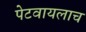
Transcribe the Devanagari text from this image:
पेटवायलाच